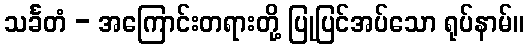
သင်္ခတံ - အကြောင်းတရားတို့ ပြုပြင်အပ်သော ရုပ်နာမ်။